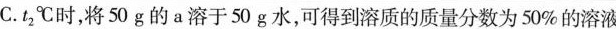
C.t_{2}℃时，将50g的a溶于50g水，可得到溶质的质量分数为50%的溶液